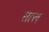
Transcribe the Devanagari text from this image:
सत्ल